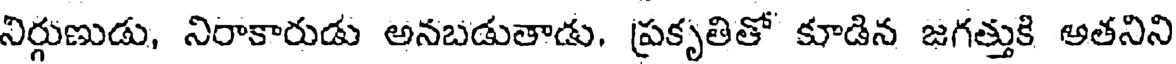
నిర్గుణుడు, నిరాకారుడు అనబడుతాడు, ప్రకృతితో కూడిన జగత్తుకి అతనిని